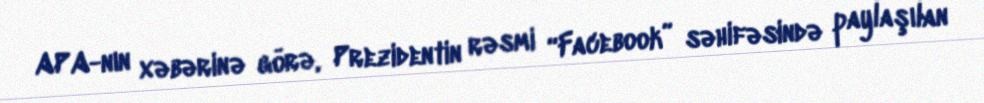
APA-nın xəbərinə görə, Prezidentin rəsmi “Facebook” səhifəsində paylaşılan